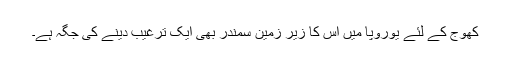
کھوج کے لئے یوروپا میں اس کا زیر زمین سمندر بھی ایک ترغیب دینے کی جگہ ہے۔